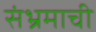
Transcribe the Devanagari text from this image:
संभ्रमाची